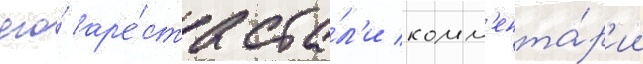
его́ ар'е́ста ста́л'и комм'ента́р'ии